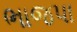
ભાજપા